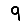
Digit: 9